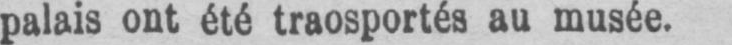
palais ont été traosportés au musée.